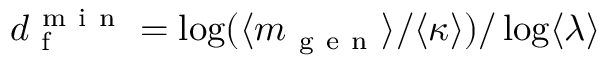
d _ { \mathrm { ~ f ~ } } ^ { \mathrm { ~ m ~ i ~ n ~ } } = \log ( \langle m _ { \mathrm { ~ g ~ e ~ n ~ } } \rangle / \langle \kappa \rangle ) / \log \langle \lambda \rangle